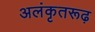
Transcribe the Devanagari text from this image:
अलंकृतरूढ़